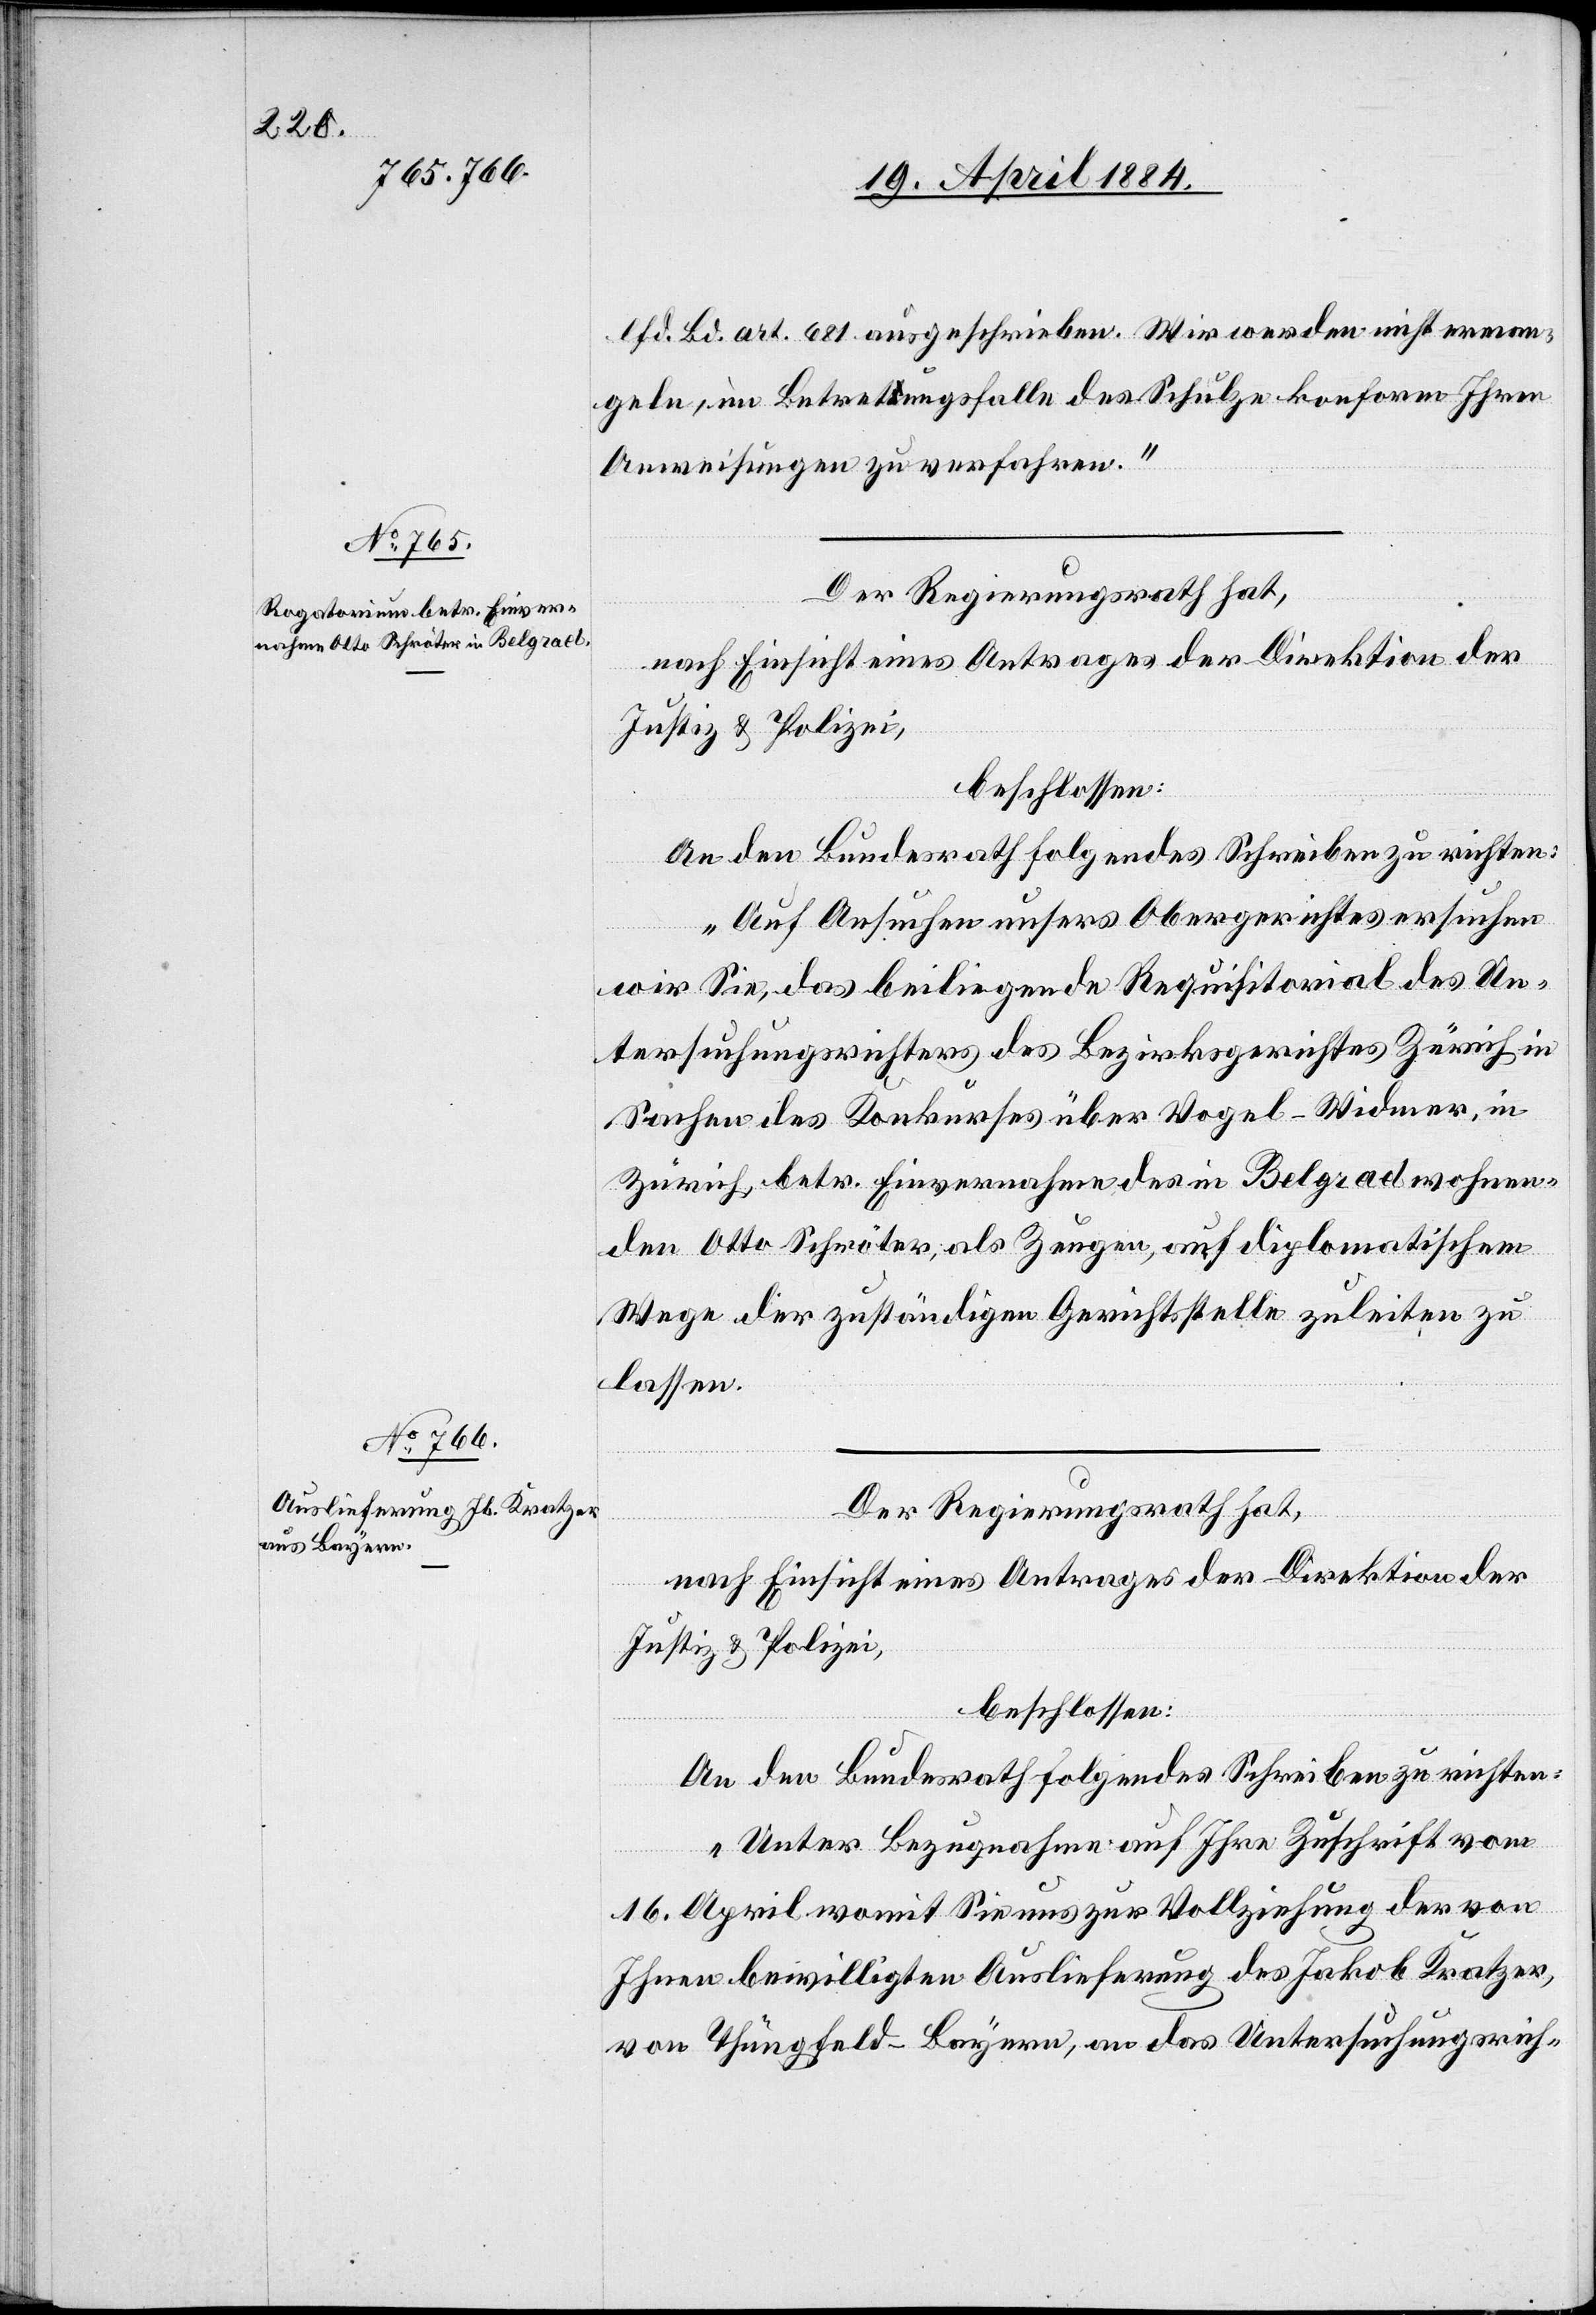
Cfd. Bd. art. 681 ausgeschrieben. Wir werden nicht erman¬
geln, im Betretungsfalle des Schulze konform Ihren
Anweisungen zu verfahren.“
Der Regierungsrath hat,
nach Einsicht eines Antrages der Direktion der
Justiz & Polizei,
beschlossen:
An den Bundesrath folgendes Schreiben zu richten:
„Auf Ansuchen unsers Obergerichtes ersuchen
wir Sie, das beiliegende Requisitorial des Un¬
tersuchungsrichters des Bezirksgerichtes Zürich in
Sachen des Konkurses über Vogel-Widmer, in
Zürich, betr. Einvernahme des in Belgrad wohnen¬
den Otto Schröter, als Zeugen, auf diplomatischem
Wege der zuständigen Gerichtsstelle zuleiten zu
lassen.“
Der Regierungsrath hat,
nach Einsicht eines Antrages der Direktion der
Justiz & Polizei,
beschlossen:
An den Bundesrath ist folgendes Schreiben zu richten:
„Unter Bezugnahme auf Ihre Zuschrift vom
16. April womit Sie uns zur Vollziehung der von
Ihnen bewilligten Auslieferung des Jakob Kratzer,
von Thüngfeld - Bayern, an das Untersuchungsrich-